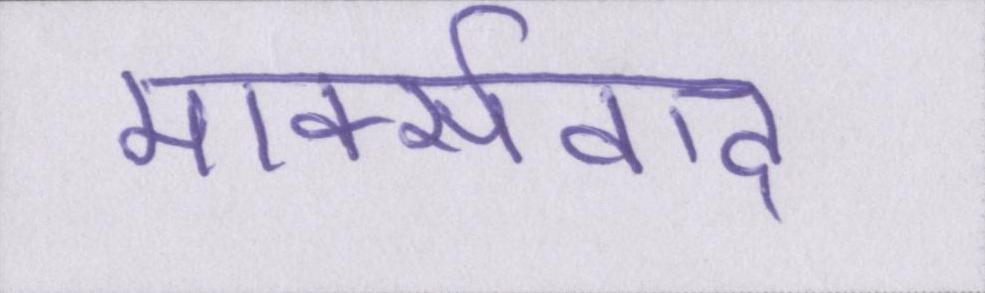
मार्क्सवाद